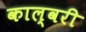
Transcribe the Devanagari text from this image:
काल्वरी